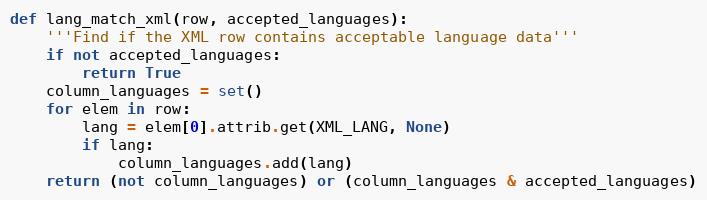
Language: Python
def lang_match_xml(row, accepted_languages):
    '''Find if the XML row contains acceptable language data'''
    if not accepted_languages:
        return True
    column_languages = set()
    for elem in row:
        lang = elem[0].attrib.get(XML_LANG, None)
        if lang:
            column_languages.add(lang)
    return (not column_languages) or (column_languages & accepted_languages)